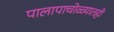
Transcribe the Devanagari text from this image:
पालापाचोळ्यातही